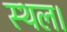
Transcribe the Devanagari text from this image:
स्‍थल।